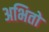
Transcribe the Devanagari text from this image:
अभितो